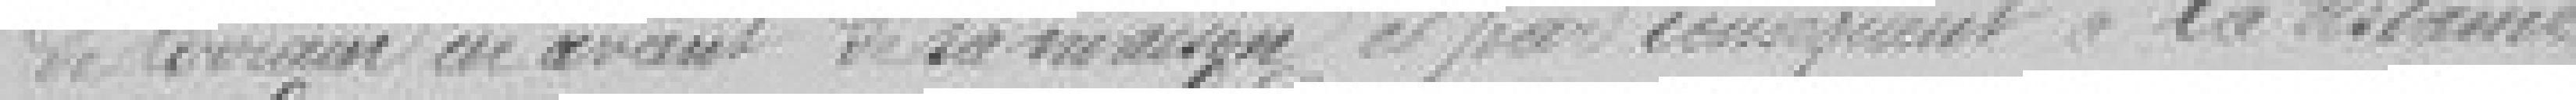
de terrain en avant de sa maison et par conséquent à la distance